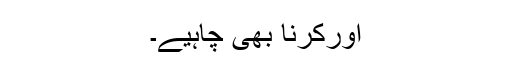
اورکرنا بھی چاہیے۔